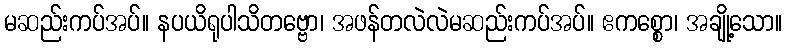
မဆည်းကပ်အပ်။ နပယိရုပါသိတဗ္ဗော၊ အဖန်တလဲလဲမဆည်းကပ်အပ်။ ဧကစ္စော၊ အချို့သော။